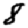
Digit: 8